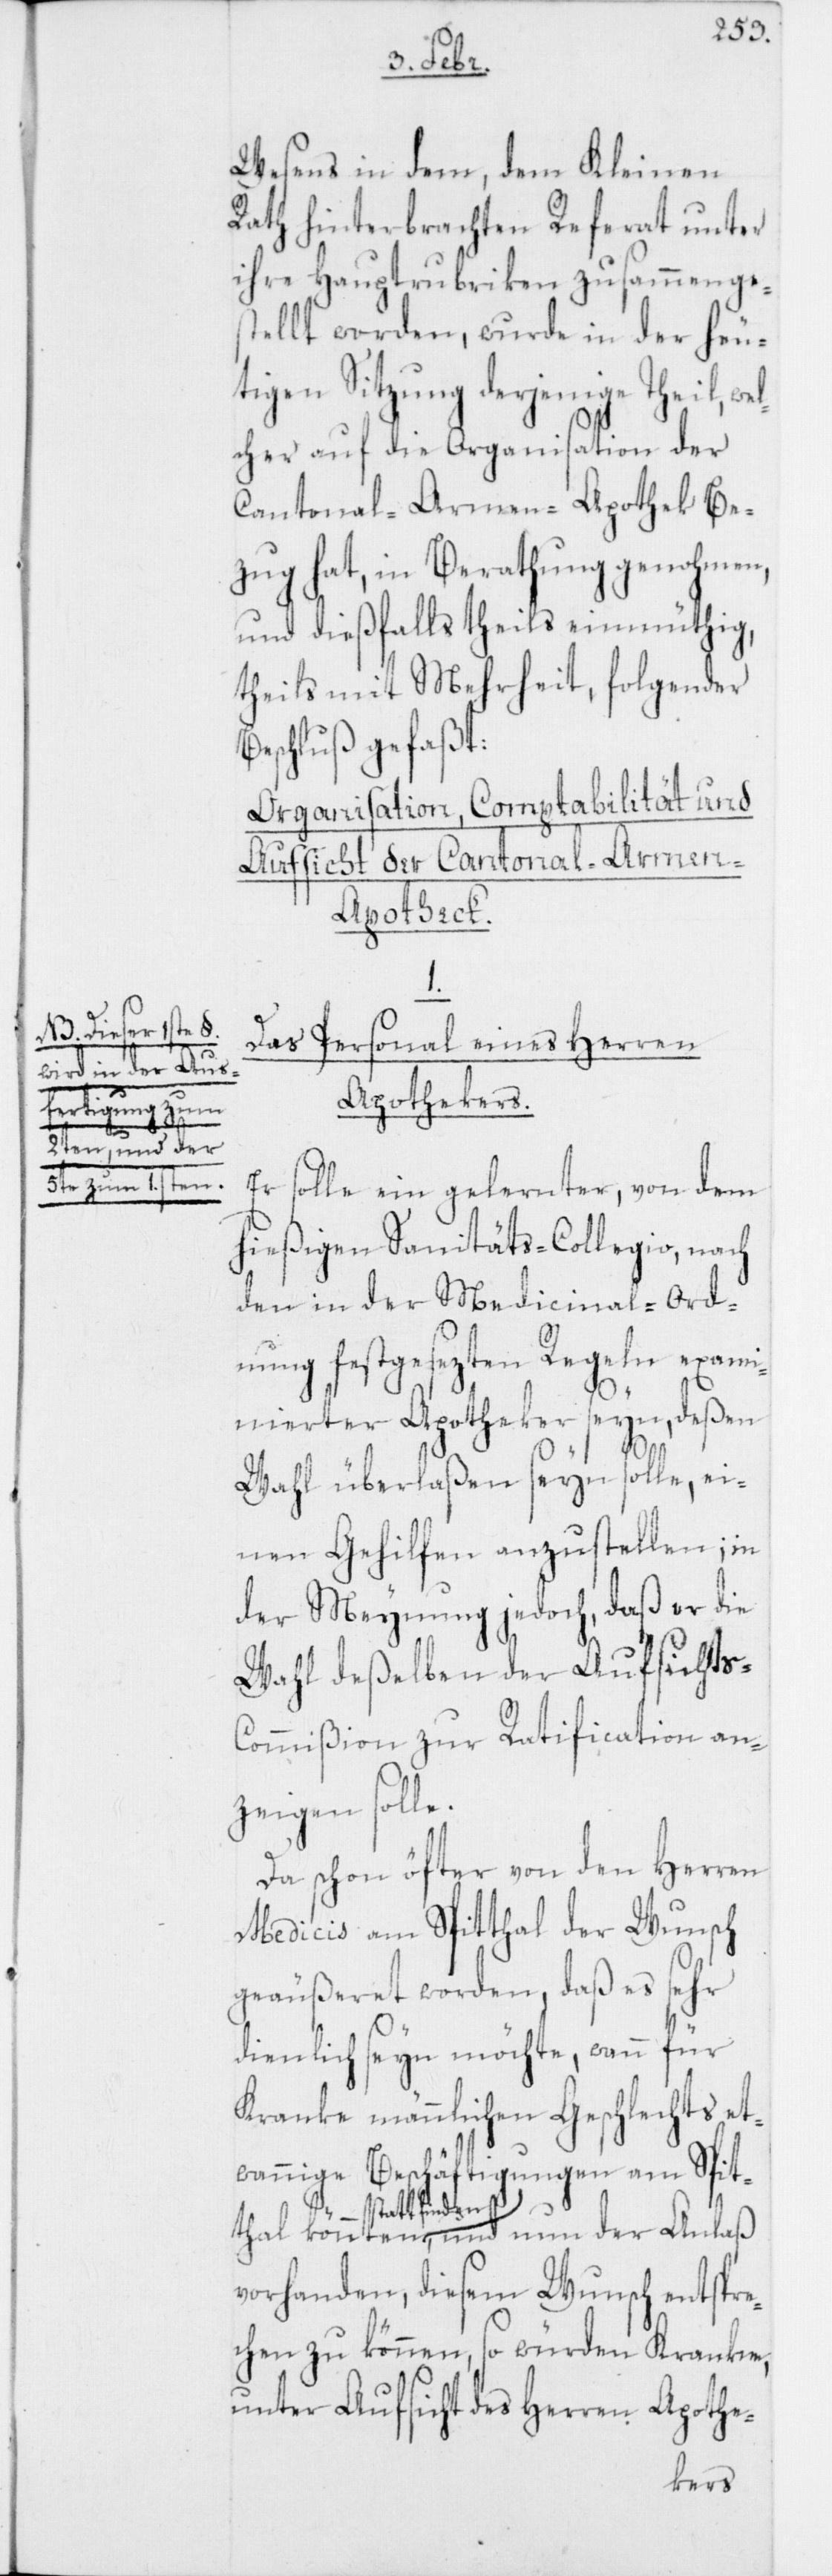
(NB. Dieser 1ste §
und nun der Anla¬
fertigung zum
könn¬
ten
2ten, und der
5te zum 1sten).

Wesens in dem, dem Kleinen
Rath hinterbrachten Referat unter
ihre Hauptrubriken zusammenges¬
tellt worden, wurde in der heu¬
tigen Sitzung derjenige Theil, we¬
cher auf die Organisation der
Cantonal-Armen-Apothek Be¬
zug hat, in Berathung genohmen,
und dießfalls theils einmüthig,
theils mit Mehrheit, folgender
Beschluß gefaßt:
Organisation, Comptabilität und
Aufsicht der Cantonal-Armen-A¬
potheck.
Das Personal eines Herren
Apothekers.
Er solle ein gelernter, von dem
hießigen Sanitäts-Collegio, nach
den in der Medicinal-Ord¬
nung festgesezten Regeln exami¬
nierter Apotheker seyn, deßen
ß
Wahl überlaßen seyn solle, ei¬
nen Gehilfen anzustellen; in
der Meynung jedoch, daß er die
Wahl deßelben der Aufsichts-C¬
ommißion zur Ratification an¬
zeigen solle.
Da schon öfter von den Herren
Medicis am Spitthal der Wunsch
geäußeret worden, daß es sehr
dienlich seyn möchte, wann für
Kranke männlichen Geschlechts et¬
wannige Beschäftigungen am Spit¬
statt finden,
vorhanden, diesem Wunsch entspre¬
chen zu können, so würden Kranken,
unter Aufsicht des Herren Apothe-